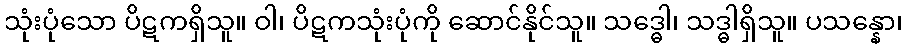
သုံးပုံသော ပိဋကရှိသူ။ ဝါ၊ ပိဋကသုံးပုံကို ဆောင်နိုင်သူ။ သဒ္ဓေါ၊ သဒ္ဓါရှိသူ။ ပသန္နော၊